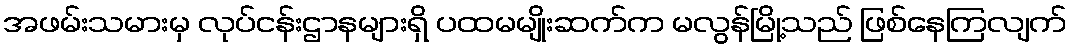
အဖမ်းသမားမှ လုပ်ငန်းဌာနများရှိ ပထမမျိုးဆက်က မလွန်မြို့သည် ဖြစ်နေကြလျက်